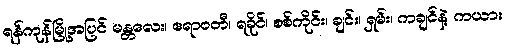
ရန်ကုန်မြို့အပြင် မန္တလေး၊ ဧရာဝတီ၊ ရခိုင်၊ စစ်ကိုင်း၊ ချင်း၊ ရှမ်း၊ ကချင်နဲ့ ကယား